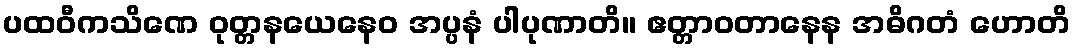
ပထဝီကသိဏေ ဝုတ္တနယေနေဝ အပ္ပနံ ပါပုဏာတိ။ ဧတ္တာဝတာနေန အဓိဂတံ ဟောတိ